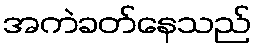
အကဲခတ်နေသည်